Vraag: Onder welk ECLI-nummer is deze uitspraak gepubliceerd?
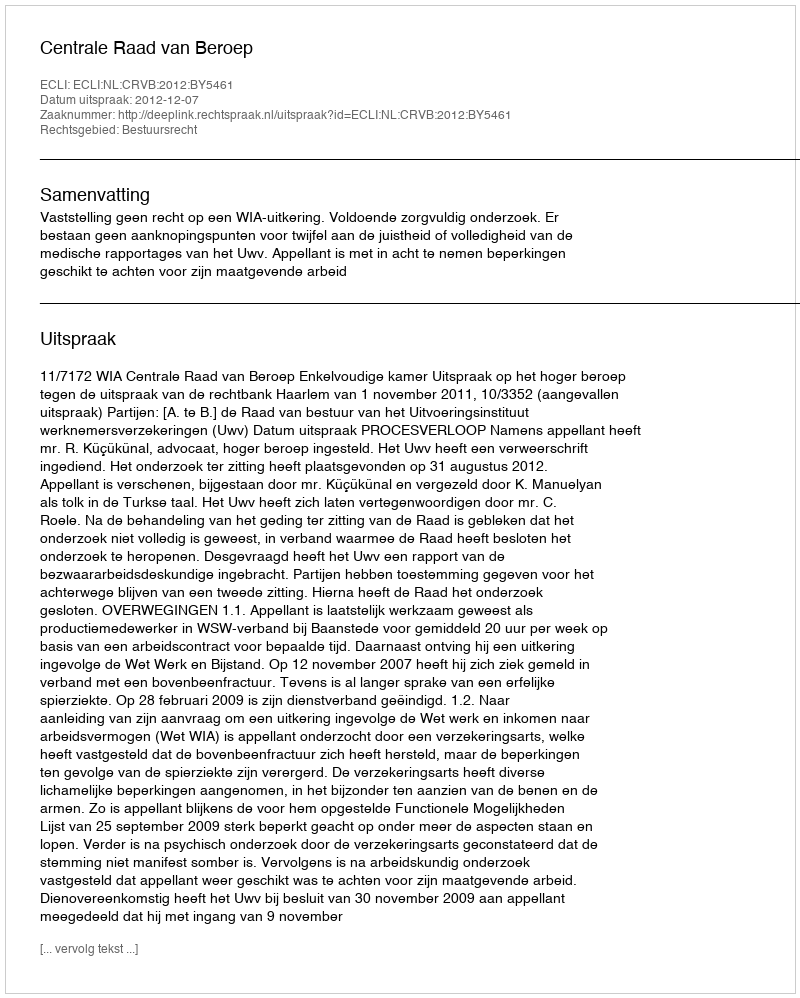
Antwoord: ECLI:NL:CRVB:2012:BY5461